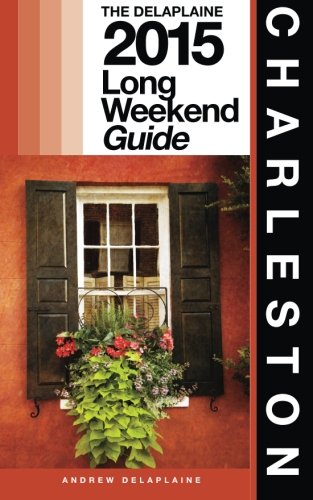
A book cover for Charleston - The Delaplaine 2015 Long Weekend Guide (Long Weekend Guides); Andrew Delaplaine; Travel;